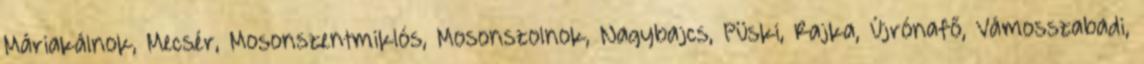
Máriakálnok, Mecsér, Mosonszentmiklós, Mosonszolnok, Nagybajcs, Püski, Rajka, Újrónafő, Vámosszabadi,